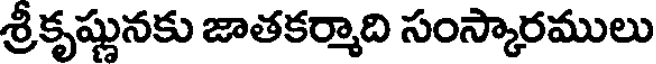
శ్రీకృష్ణునకు జాతకర్మాది సంస్కారములు